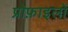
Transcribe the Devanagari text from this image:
प्रोफ़ाइलों